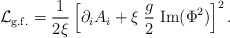
\begin{align*} {\cal L}_{\rm g.f.}=\frac{1}{2 \xi} \left[ \partial_i A_i + \xi \; \frac{g}{2} \; {\rm Im} (\Phi^2) \right]^2.\end{align*}